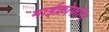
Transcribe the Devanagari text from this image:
माईक्रोफोन